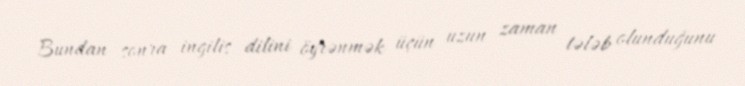
Bundan sonra ingilis dilini öyrənmək üçün uzun zaman tələb olunduğunu